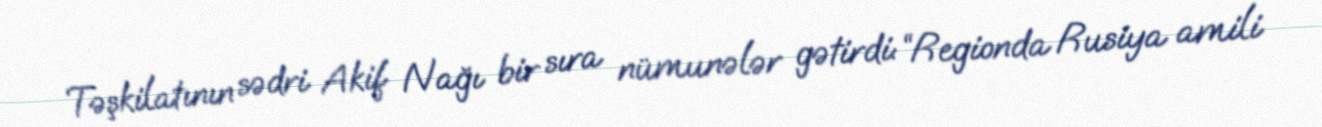
Təşkilatının sədri Akif Nağı bir sıra nümunələr gətirdi: “Regionda Rusiya amili